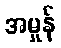
အမှုန်